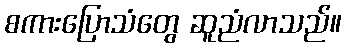
စကားပြောသံတွေ ဆူညံလာသည်။